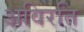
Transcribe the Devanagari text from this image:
अविरति